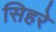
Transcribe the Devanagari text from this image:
सिहरे